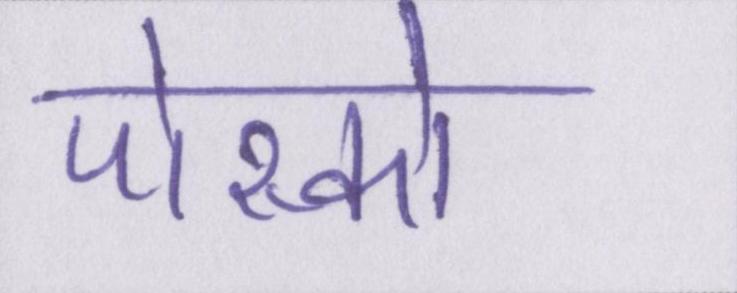
पोस्को